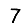
Digit: 7